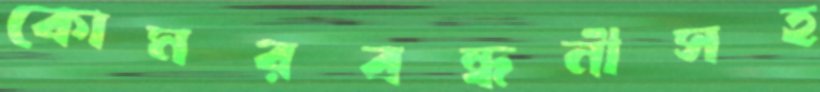
কোমরবন্ধনীসহ